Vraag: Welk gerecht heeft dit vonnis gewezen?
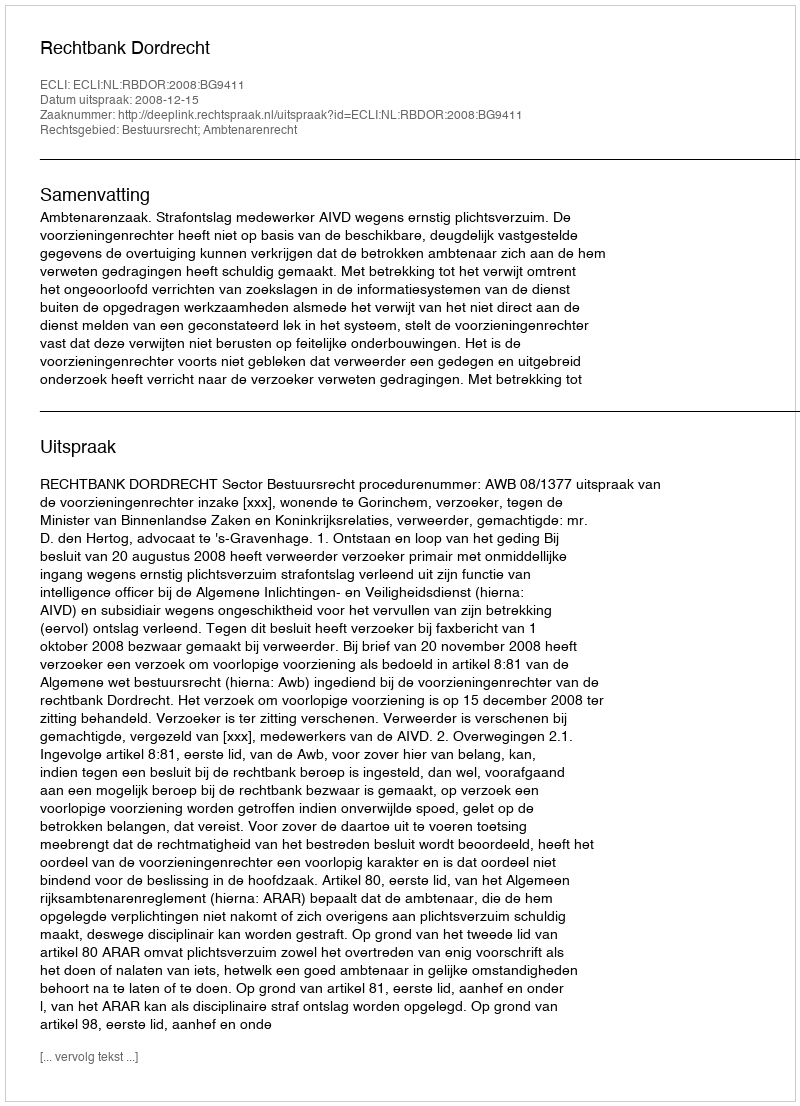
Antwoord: Rechtbank Dordrecht